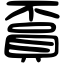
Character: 𧶏